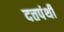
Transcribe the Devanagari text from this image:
दत्तपंथी